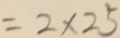
= 2 \times 2 5